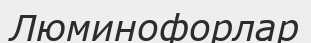
Люминофорлар